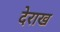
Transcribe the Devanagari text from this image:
देराख